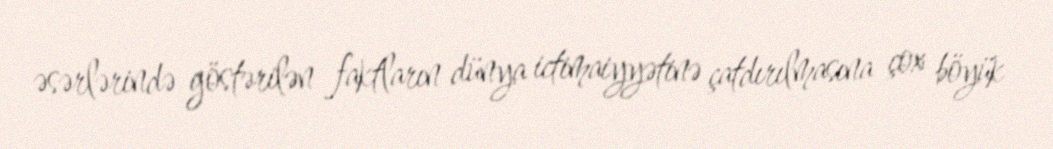
əsərlərində göstərilən faktların dünya ictimaiyyətinə çatdırılmasına çox böyük